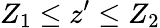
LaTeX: Z_{1}\leq z^{\prime}\leq Z_{2}